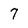
Character: 7